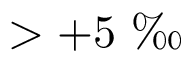
> + 5 \mathrm { ~ \textperthousand ~ }